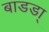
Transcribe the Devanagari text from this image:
बाडडा्